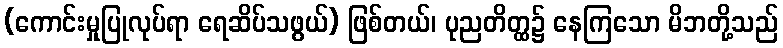
(ကောင်းမှုပြုလုပ်ရာ ရေဆိပ်သဖွယ်) ဖြစ်တယ်၊ ပုညတိတ္ထ၌ နေကြသော မိဘတို့သည်